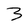
Character: 3